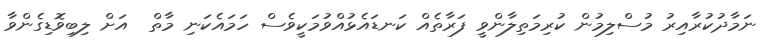
ނަމާދުކުރާއިރު މުސްލިމުން ކުރިމަތިލާންވީ ފަރާތެއް ކަނޑައެޅުއްވުމަކީވެސް ހަމައެކަނި މާތް  އަށް ލިބިވޮޑިގެންވާ